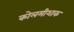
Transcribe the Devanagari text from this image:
कोलमीशाक